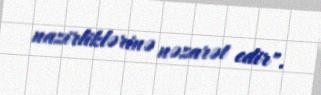
nazirliklərinə nəzarət edir".